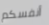
أنفسكم